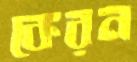
কেরন